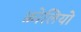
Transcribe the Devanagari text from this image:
फ़ोलियो